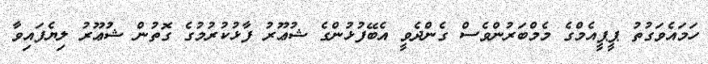
ހަމައެވަގުތު ޕީޕީއެމްގެ މެމްބަރުންވެސް ގެންދެވީ އެބޭފުޅުންގެ ޝުޢޫރު ފާޅުކުރުމުގެ ގޮތުން ޝުޢޫރު ލިޔެފައިވާ